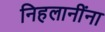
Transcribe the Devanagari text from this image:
निहलानींना